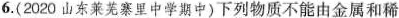
6.(2020山东莱芜寨里中学期中)下列物质不能由金属和稀